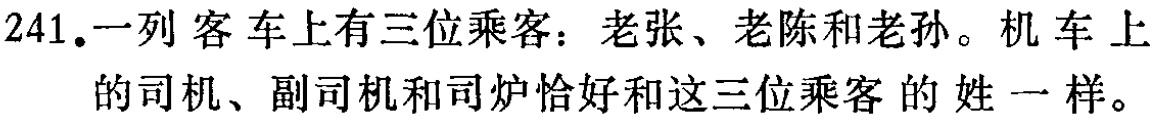
241. 一列客车上有三位乘客：老张、老陈和老孙。机车上的司机、副司机和司炉恰好和这三位乘客的姓一样。